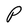
Character: P